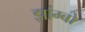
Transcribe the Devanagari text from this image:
झांग्बो